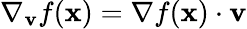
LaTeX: \nabla_{\mathbf{v}}{f}(\mathbf{x})=\nabla f(\mathbf{x})\cdot\mathbf{v}